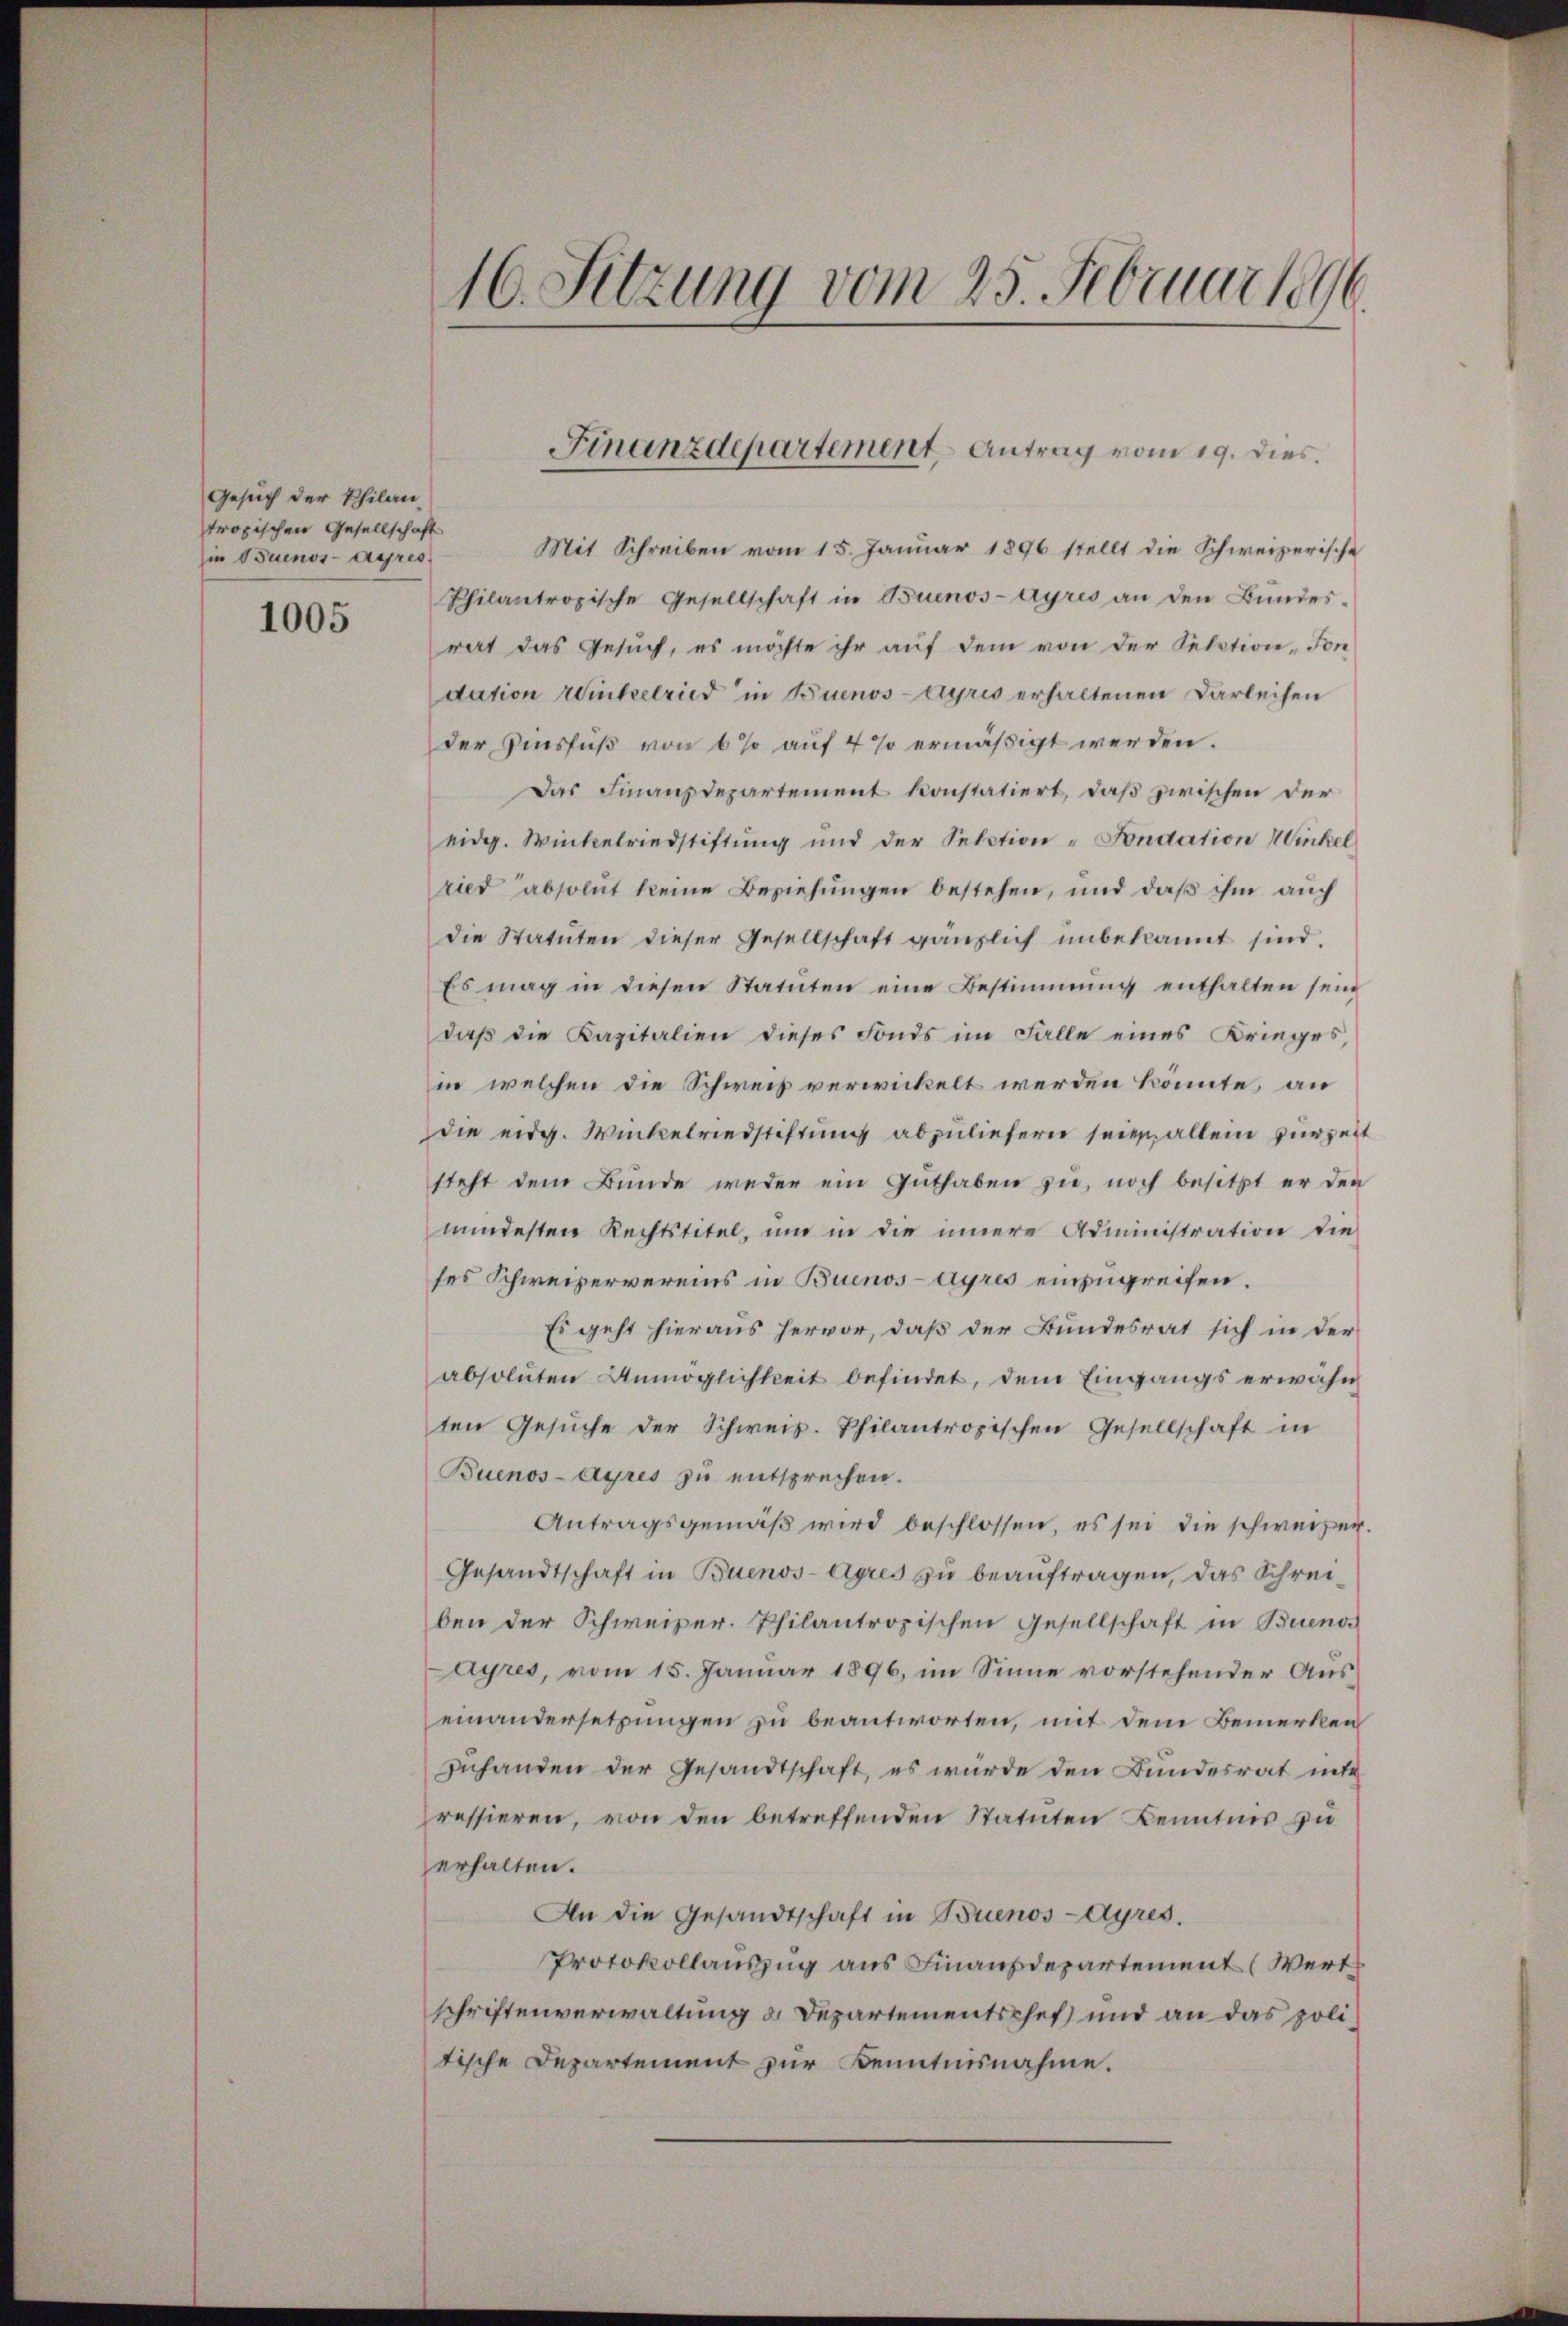
Gesuch der Philan
tropischen Gesellschaft
in Buenos-Ayres.
1005

16. Sitzung vom 25. Februar 1890

Mit Schreiben vom 15. Januar 1896 stellt die Schweizerische
Philantropische Gesellschaft in Buenos-Ayres an den Bundesrat das Gesuch, es möchte ihr auf dem von der Sektion Son
dation Winkelried in Buenos-Ayres erhaltenen Darleihen
der Zinsfuß von 6 % auf 4 % ermäßigt werden.
Das Finanzdepartement konstatiert, daß zwischen der
eidg. Winkelriedstiftung und der Section " Fondation Winkel
ried absolut keine Beziehungen bestehen, und daβ ihm auch
die Statuten dieser Gesellschaft gänzlich unbekannt sind.
Es mag in diesen Statuten eine Bestimmung enthalten sein
daß die Kapitalien dieses Fonds im Falle eines Krieges,
in welchen die Schweiz verwickelt werden könnte, an
die eidg. Winkelriedstiftung abzuliefern seien allein zur Zeit
steht dem Bunde weder ein Guthaben zu, noch besitzt er den
mindesten Rechtstitel, um in die innere Administration die
ses Schweizervereins in Buenos-Ayres einzugreifen.
Es geht hieraus hervor, daß der Bundesrat sich in der
absoluten Unmöglichkeit befindet, dem Eingangs erwähn
ten Gesŭche der Schweis. Philantropischen Gesellschaft in
Buenos-Ayres zu entsprechen.
Antragsgemäβ wird beschlossen, es sei die schweizer.
Gesandtschaft in Buenos-Ayres zu beauftragen, das Schreiben der Schweizer. Philantropischen Gesellschaft in Buenos
Layres, vom 15. Januar 1896, im Sinne vorstehender Auseinandersetzungen zu beantworten, mit dem Bemerken
Inhanden der Gesandtschaft, es wurde den Bundesrat mit
ressieren, von den betreffenden Statuten Kenntnis zu
erhalten.
An die Gesandtschaft in Buenos-Ayres.
Protokollauszug aus Finanzdepartement (Wert
schriftenverwaltung a. Departementschef und an das politische Departement zur Kenntnisnahme.

Finanzdepartement Antrag vom 19. dies